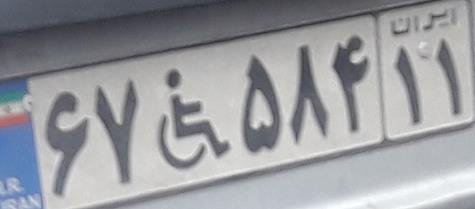
۶۷+۵۸۴۱۱